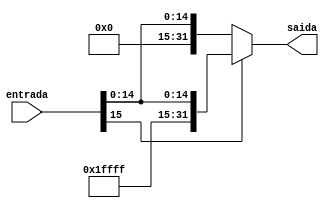
module Ext_Sinal (entrada,saida);
  input [15:0]entrada;
  output [31:0]saida;
  assign saida = (entrada[15] == 0) ? {16'b0000000000000000, entrada} : {16'b1111111111111111, entrada};
endmodule //Ext_Sinal